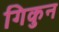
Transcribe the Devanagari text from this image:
गिकुन